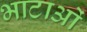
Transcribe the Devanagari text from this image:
भाटाओं